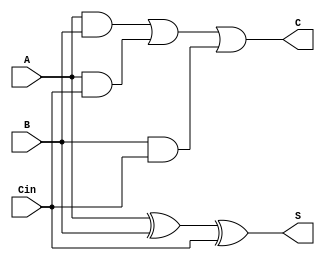
module CarrySaveAdder (
    input [31:0] A,      // First operand
    input [31:0] B,      // Second operand
    input [31:0] Cin,    // Carry input
    output [31:0] S,     // Sum output
    output [31:0] C      // Carry output
);
    // Perform bitwise addition with carry
    assign S = A ^ B ^ Cin;            // Sum output using XOR
    assign C = (A & B) | (A & Cin) | (B & Cin); // Carry output using AND and OR

endmodule